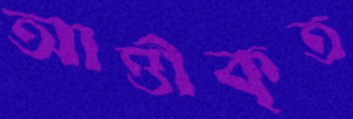
আত্তীকৃত